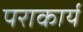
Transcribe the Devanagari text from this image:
पराकार्य